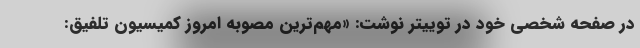
در صفحه شخصی خود در توییتر نوشت: «مهم‌ترین مصوبه امروز کمیسیون تلفیق: